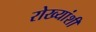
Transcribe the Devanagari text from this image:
रोख्यांशी